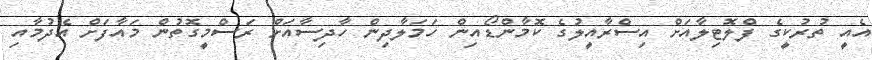
އެއީ ތުރުކީގެ ފްލޮޓިލާއަށް އިސްރާއީލުގެ ކޮމާންޑޯއިން ހަމަލާދިން ހާދިސާއަށް ރަސްމީގޮތުން މައާފަށް އެދުމާއި